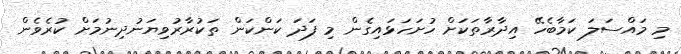
މި މައްސަލަ ކަމާބެހޭ އިދާރާތަކަށް ހުށަހަޅައިގެން މި ފަދަ ކަންކަން ތަކުރާރުވިޔަނުދިނުމަށް ކުރެވެން